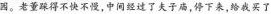
园。老董踩得不快不慢,中间经过了夫子庙,停下来，给我买了